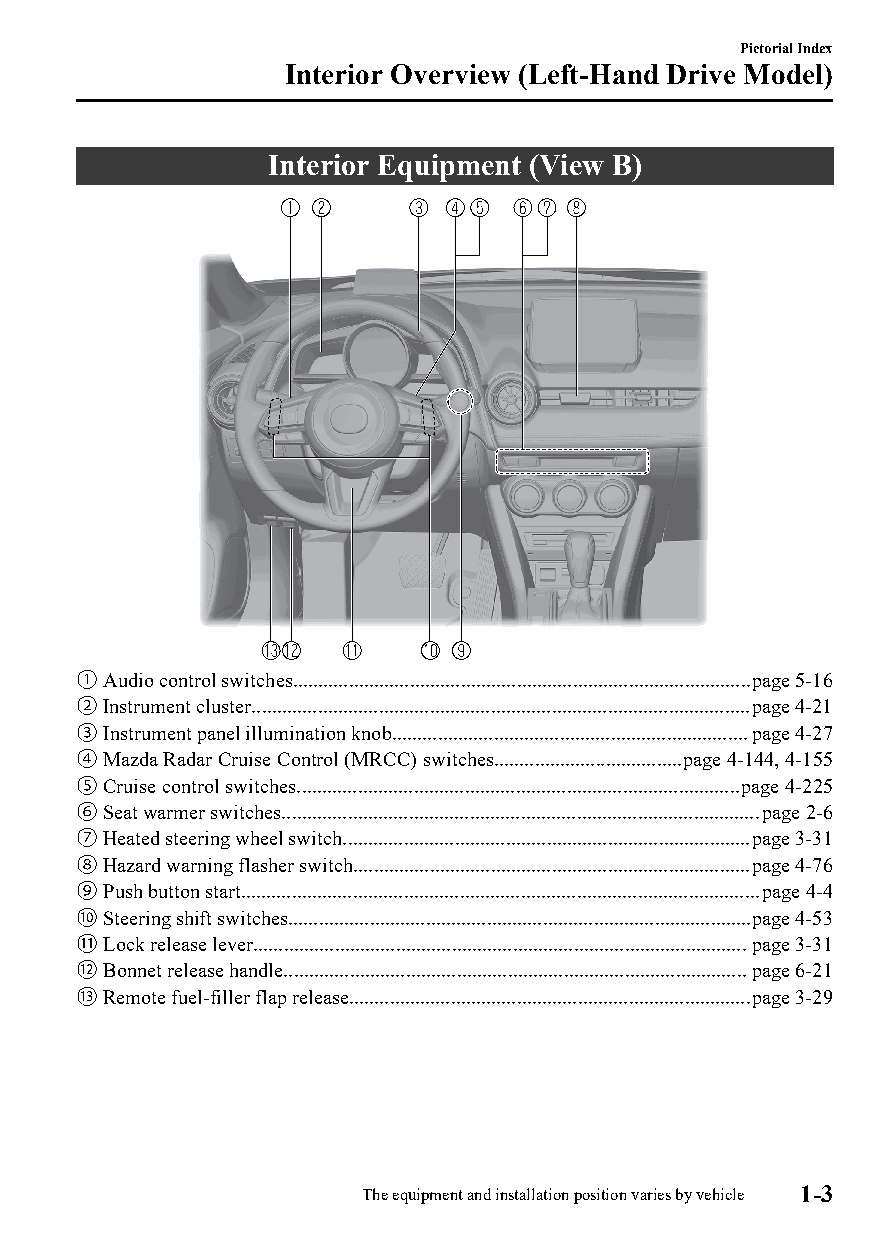
Pictorial Index
 Interior Overview (Left-Hand Drive Model)
 Interior Equipment (View B)
 ①Audio control switches..........................................................................................page 5-16
 ②Instrument cluster..................................................................................................page 4-21
 ③Instrument panel illumination knob......................................................................page 4-27
 ④Mazda Radar Cruise Control (MRCC) switches.....................................page 4-144, 4-155
 ⑤Cruise control switches.......................................................................................page 4-225
 ⑥Seat warmer switches..............................................................................................page 2-6
 ⑦Heated steering wheel switch................................................................................page 3-31
 ⑧Hazard warning flasher switch..............................................................................page 4-76
 ⑨Push button start......................................................................................................page 4-4
 ⑩Steering shift switches...........................................................................................page 4-53
 ⑪Lock release lever.................................................................................................page 3-31
 ⑫Bonnet release handle...........................................................................................page 6-21
 ⑬Remote fuel-filler flap release...............................................................................page 3-29
 The equipment and installation position varies by vehicle 1-3
 CX-3_8GT4-EE-18D_Edition4                  2018-9-6 18:32:19